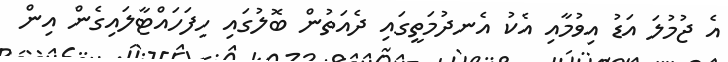
އެ ޖުމުލަ އަޑު އިވުމާއި އެކު އެނދުމަތީގައި ދެއަތުން ބޮލުގައި ހިފަހައްޓާލައިގެން އިން